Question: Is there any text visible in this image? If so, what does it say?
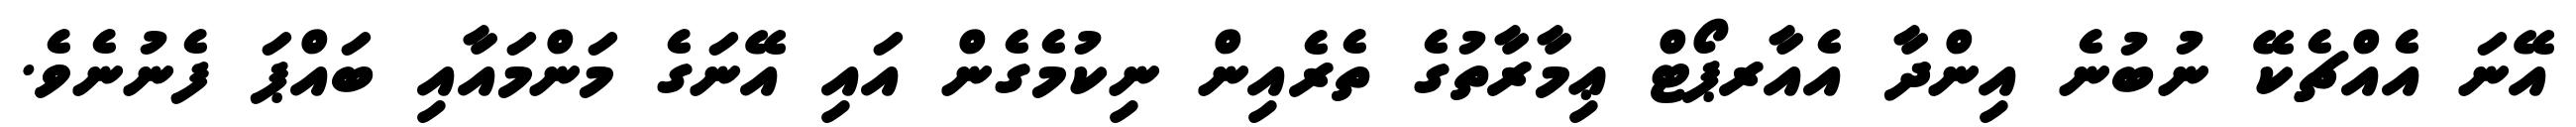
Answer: އޭނަ އެއްޗެކޭ ނުބުނެ އިންދާ އެއާރޕޯޓް ޢިމާރާތުގެ ތެރެއިން ނިކުމެގެން އައި އޭނަގެ މަންމައާއި ބައްޕަ ފެނުނެވެ.